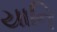
યાનિ